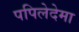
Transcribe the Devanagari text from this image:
पपिलेदेमा